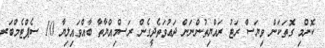
ކޮންމި ގޮތަކަން ވިޔަސް ރަޓު ރައްޔިތުންނަން ދަޢުވަތެދީގެން ރަސްމިއްޔާތާ ބާއްވައިލިޔާ 10 ސެޕްޓެމްބަރ